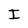
Character: I